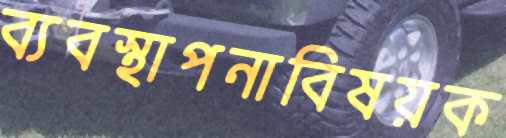
ব্যবস্থাপনাবিষয়ক